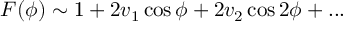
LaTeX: F ( \phi ) \sim 1 + 2 v _ { 1 } \cos \phi + 2 v _ { 2 } \cos 2 \phi + . . .